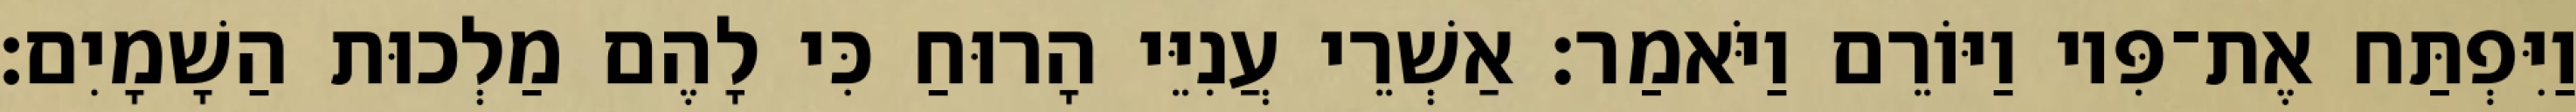
וַיִּפְתַּח אֶת־פִּיו וַיּוֹרֵם וַיֹּאמַר׃ אַשְׁרֵי עֲנִיֵּי הָרוּחַ כִּי לָהֶם מַלְכוּת הַשָׁמָיִם׃